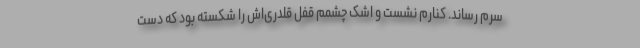
سرم رساند. کنارم نشست و اشک چشمم قفل قلدری‌اش را شکسته بود که دست